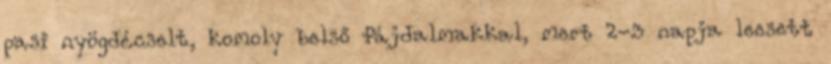
pasi nyögdécselt, komoly belső fájdalmakkal, mert 2-3 napja leesett